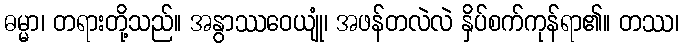
ဓမ္မာ၊ တရားတို့သည်။ အနွာဿဝေယျုံ၊ အဖန်တလဲလဲ နှိပ်စက်ကုန်ရာ၏။ တဿ၊